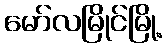
မော်လမြိုင်မြို့